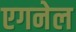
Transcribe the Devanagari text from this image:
एगनेल